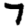
Digit: 7